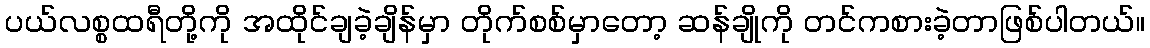
ပယ်လစ္စထရီတို့ကို အထိုင်ချခဲ့ချိန်မှာ တိုက်စစ်မှာတော့ ဆန်ချိုကို တင်ကစားခဲ့တာဖြစ်ပါတယ်။